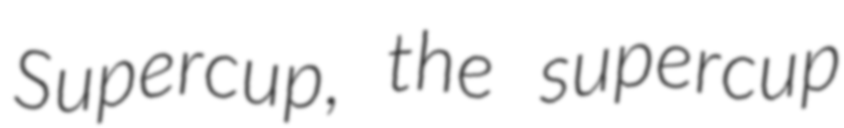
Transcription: Supercup, the supercup